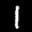
Label: 1